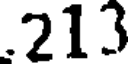
.213